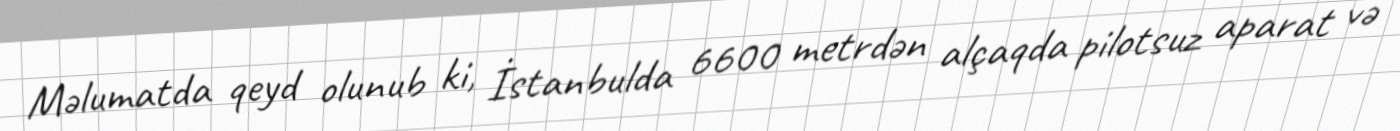
Məlumatda qeyd olunub ki, İstanbulda 6600 metrdən alçaqda pilotsuz aparat və